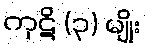
ကုဋိ (၃) မျိုး